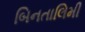
બિનતાલિમી